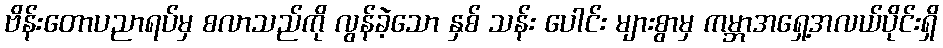
ဗိန်းတောပညာရပ်မှ စလာသည်ကို လွန်ခဲ့သော နှစ် သန်း ပေါင်း များစွာမှ ကမ္ဘာအရှေ့အလယ်ပိုင်းရှိ